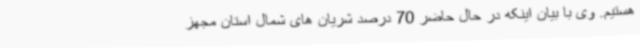
هستیم. وی با بیان اینکه در حال حاضر 70 درصد شریان های شمال استان مجهز